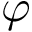
\varphi